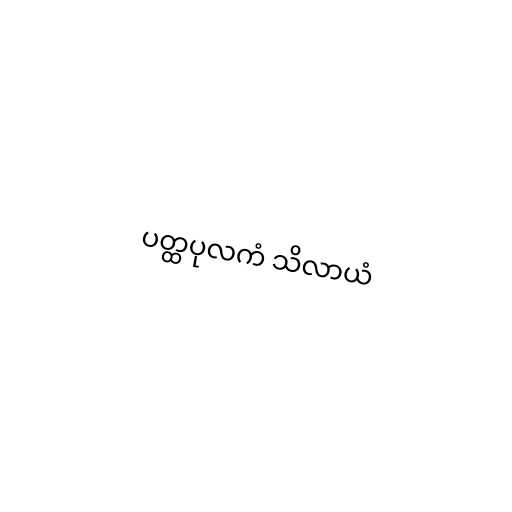
ပတ္ထပုလကံ သိလာယံ